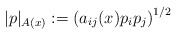
\begin{align*}|p|_{A(x)} := \left( a_{ij}(x) p_i p_j\right)^{1/2} \end{align*}